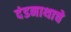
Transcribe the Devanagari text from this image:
दंडनाथाचे